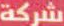
شركة